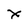
Character: x